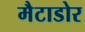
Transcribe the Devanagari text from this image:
मैटाडोर